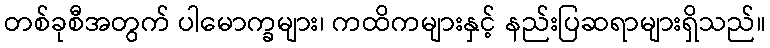
တစ်ခုစီအတွက် ပါမောက္ခများ၊ ကထိကများနှင့် နည်းပြဆရာများရှိသည်။